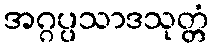
အဂ္ဂပ္ပသာဒသုတ္တံ